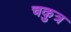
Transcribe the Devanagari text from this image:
चकुत्र